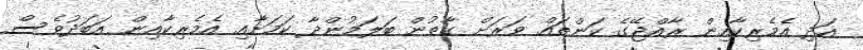
އަދި އެމެރިކާއިން ރާއްޖޭގެ ކަންތައް ވަރަށް ގާތުން ބަލަމުންދާ ކަމަށާއި އެމެރިކާއިން އަބަދުވެސް